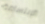
الإبتسامة